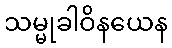
သမ္မုခါဝိနယေန